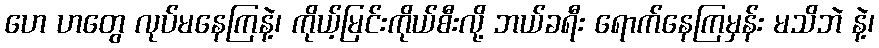
ဟေ ဟတွေ လုပ်မနေကြနဲ့၊ ကိုယ့်မြင်းကိုယ်စီးလို့ ဘယ်ခရီး ရောက်နေကြမှန်း မသိဘဲ နဲ့၊